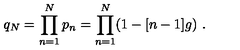
q _ { N } = \prod _ { n = 1 } ^ { N } p _ { n } = \prod _ { n = 1 } ^ { N } ( 1 - [ n - 1 ] g ) \ .